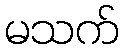
မသက်